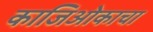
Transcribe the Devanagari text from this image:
काजिओकाचा